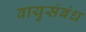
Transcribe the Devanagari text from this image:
वायुसंबंध